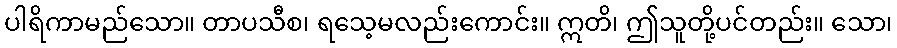
ပါရိကာမည်သော။ တာပသီစ၊ ရသေ့မလည်းကောင်း။ ဣတိ၊ ဤသူတို့ပင်တည်း။ သော၊